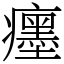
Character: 癦